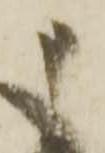
申